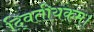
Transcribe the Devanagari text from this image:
दि्वतीयकम्।